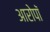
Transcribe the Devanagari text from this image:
आरोपॉ